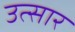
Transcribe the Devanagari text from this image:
उत्सार